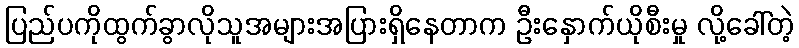
ပြည်ပကိုထွက်ခွာလိုသူအများအပြားရှိနေတာက ဦးနှောက်ယိုစီးမှု လို့ခေါ်တဲ့